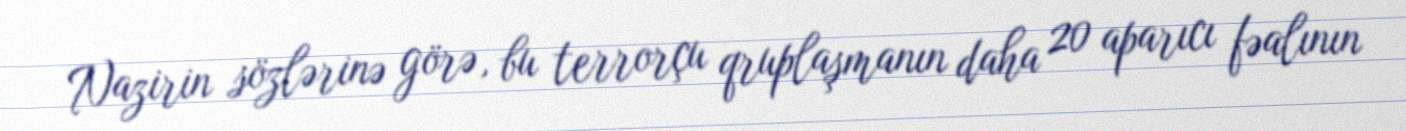
Nazirin sözlərinə görə, bu terrorçu qruplaşmanın daha 20 aparıcı fəalının